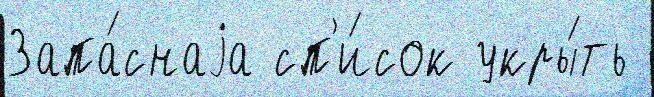
Запа́снаjа сп'и́сок укры́ть